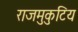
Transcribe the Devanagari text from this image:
राजमुकुटिय